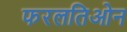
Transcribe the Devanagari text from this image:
फरलतिओन